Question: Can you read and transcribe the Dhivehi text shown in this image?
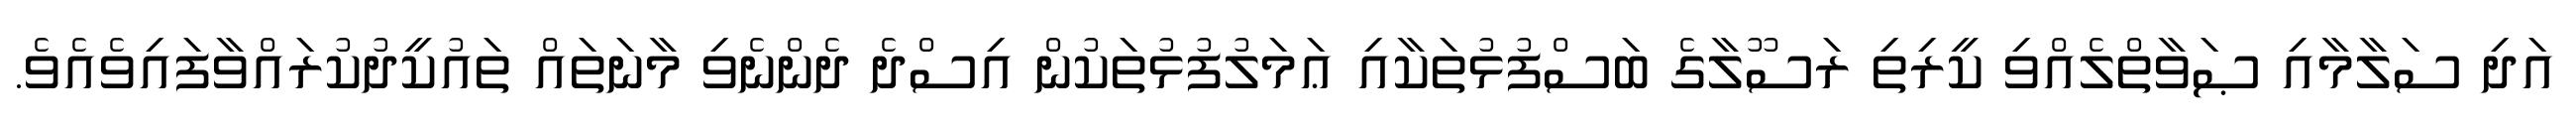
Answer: އަދި ސަލާމާއި ޞަވާތްލެއްވި ކީރިތި ރަސޫލާގެ ބަސްފުޅުތަކާއި ޢަމަލުފުޅުތަކުން އިސްދެ ދެންނެވި މާނަތައް ތައުކީދުކުރައްވާފައިވެއެވެ.